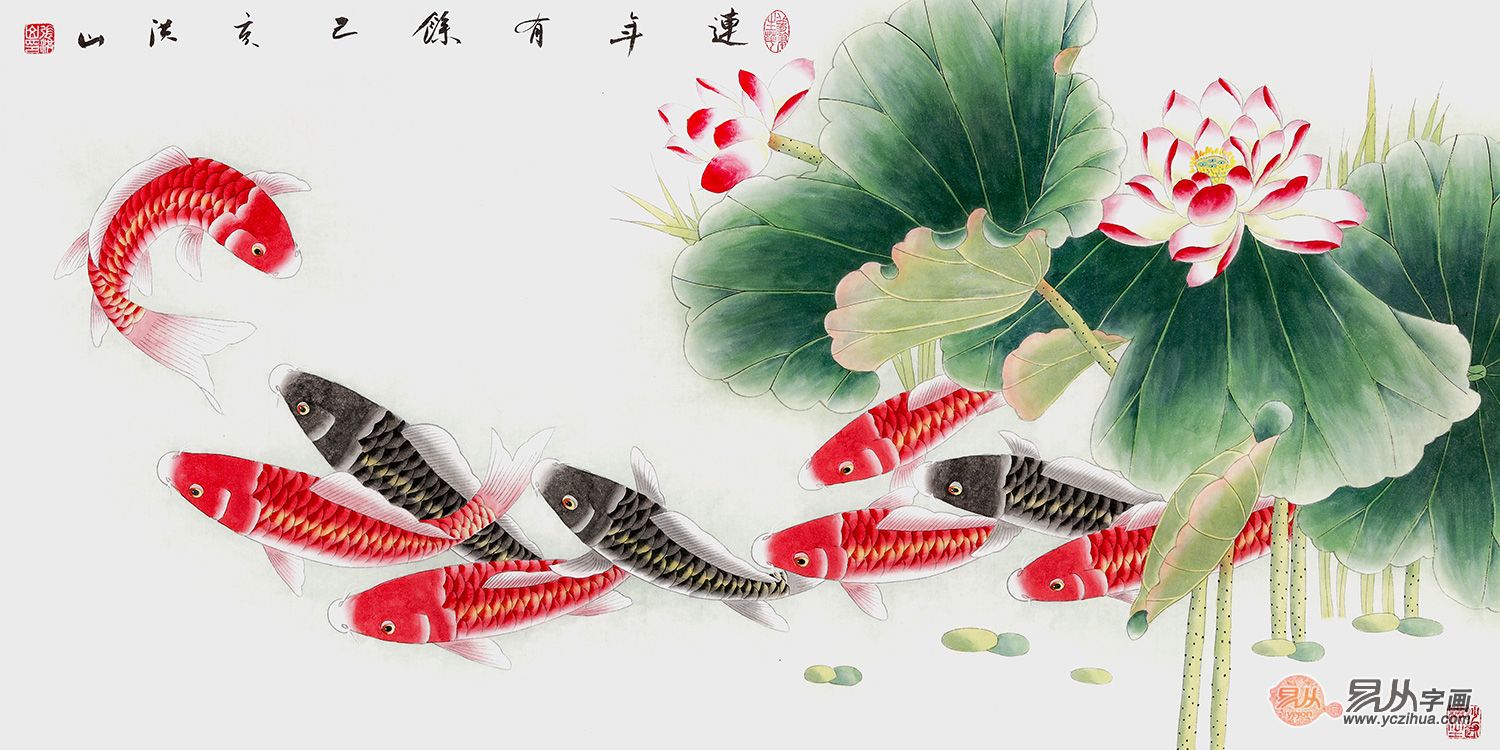
满腹诗书漫古今，频年流落易伤心。